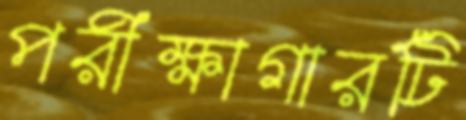
পরীক্ষাগারটি